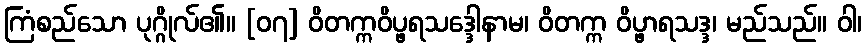
ကြံစည်သော ပုဂ္ဂိုလ်၏။ [၀၇] ဝိတက္ကဝိပ္ဖရသဒ္ဒေါနာမ၊ ဝိတက္က ဝိပ္ဖာရသဒ္ဒ၊ မည်သည်။ ဝါ၊